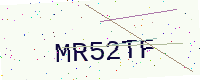
Text: MR52TF